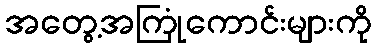
အတွေ့အကြုံကောင်းများကို